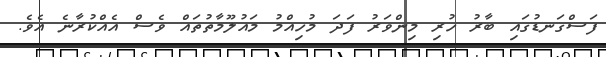
ފަސްގަނޑުގައި ބާރު ހުރި މިންވަރު ފަދަ މުހިއްމު މައުލޫމާތުތައް ވެސް އެއްކުރާނެ އެވެ.